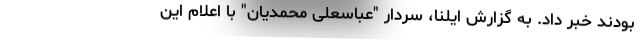
بودند خبر داد. به گزارش ایلنا، سردار "عباسعلی محمدیان" با اعلام این